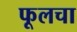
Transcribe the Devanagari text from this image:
फूलचा